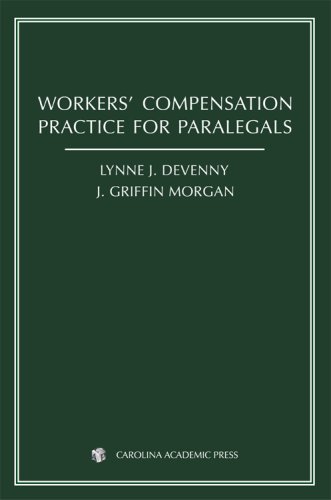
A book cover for Workers' Compensation Practice for Paralegals; Lynne J. DeVenny; Medical Books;